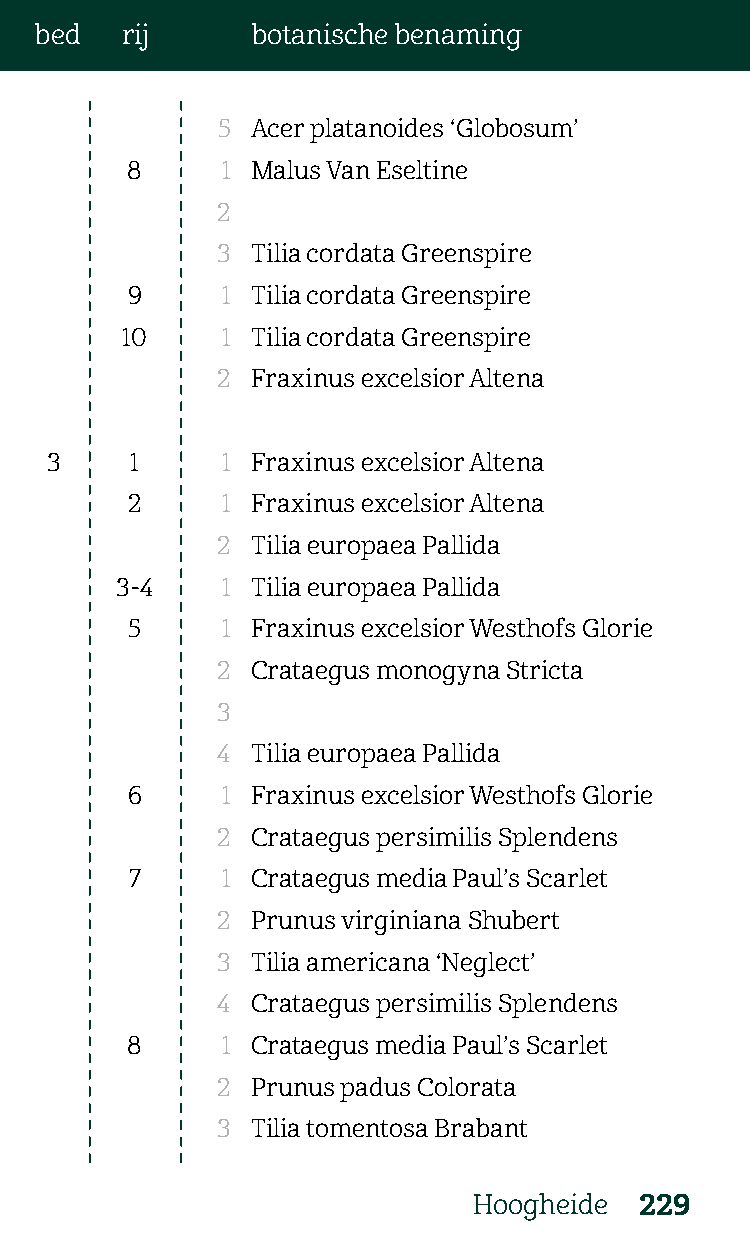
bed   rij      botanische benaming
 5  Acer platanoides ‘Globosum’
 8      1 Malus Van Eseltine
 2
 3  Tilia cordata Greenspire
 9      1 Tilia cordata Greenspire
 10     1 Tilia cordata Greenspire
 2  Fraxinus excelsior Altena
 3     1     1 Fraxinus excelsior Altena
 2      1 Fraxinus excelsior Altena
 2  Tilia europaea Pallida
 3-4    1 Tilia europaea Pallida
 5      1 Fraxinus excelsior Westhofs Glorie
 2  Crataegus monogyna Stricta
 3
 4  Tilia europaea Pallida
 6      1 Fraxinus excelsior Westhofs Glorie
 2  Crataegus persimilis Splendens
 7     1 Crataegus media Paul’s Scarlet
 2  Prunus virginiana Shubert
 3  Tilia americana ‘Neglect’
 4  Crataegus persimilis Splendens
 8      1 Crataegus media Paul’s Scarlet
 2  Prunus padus Colorata
 3  Tilia tomentosa Brabant
 Hoogheide  229